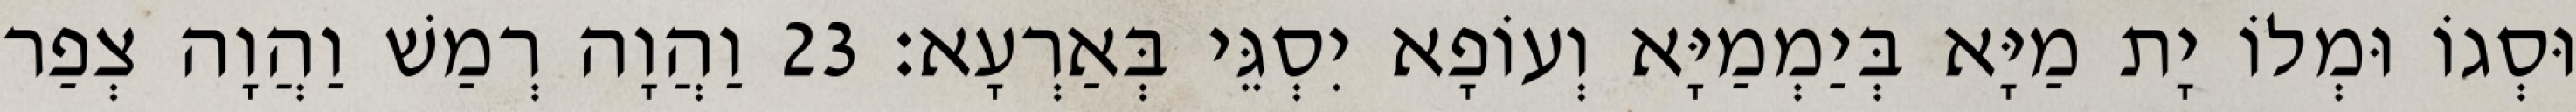
וּסְגוֹ וּמְלוֹ יָת מַיָּא בְּיַמְמַיָּא וְעוֹפָא יִסְגֵּי בְּאַרְעָא׃ 23 וַהֲוָה רְמַשׁ וַהֲוָה צְפַר